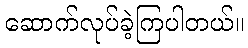
ဆောက်လုပ်ခဲ့ကြပါတယ်။